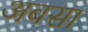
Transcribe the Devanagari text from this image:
अबसा